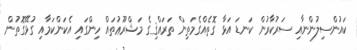
ކައުންސިލުންނާއި ސަރުކާރުން ކަނޑަ އަޅާ ގޮތެއްގެމަތިން ތަރައްޤިގެ މަޝްރޫޢުތައް ހިންގައި އެކަންކަމާއި ގުޅޭގޮތުން